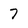
Character: 7